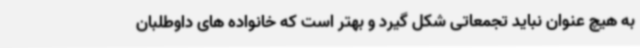
به هیچ عنوان نباید تجمعاتی شکل گیرد و بهتر است که خانواده های داوطلبان